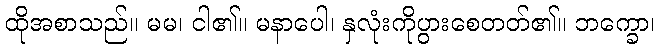
ထိုအစာသည်။ မမ၊ ငါ၏။ မနာပေါ၊ နှလုံးကိုပွားစေတတ်၏။ ဘက္ခော၊